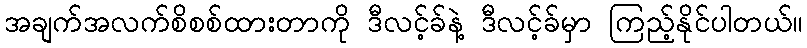
အချက်အလက်စိစစ်ထားတာကို ဒီလင့်ခ်နဲ့ ဒီလင့်ခ်မှာ ကြည့်နိုင်ပါတယ်။